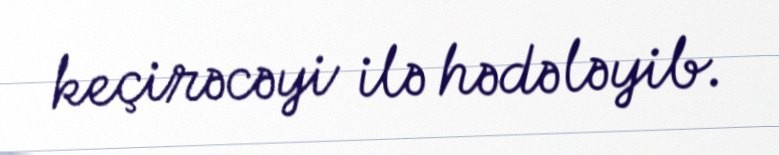
keçirəcəyi ilə hədələyib.